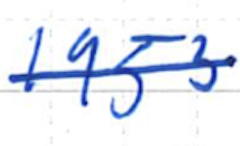
Text: 1953
Cross-out: single-line
Writing tool: ballpoint